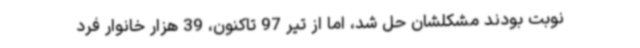
نوبت بودند مشکلشان حل شد، اما از تیر 97 تاکنون، 39 هزار خانوار فرد